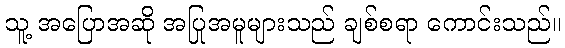
သူ့ အပြောအဆို အပြုအမူများသည် ချစ်စရာ ကောင်းသည်။